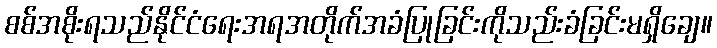
စစ်အစိုးရသည်နိုင်ငံရေးအရအတိုက်အခံပြုခြင်းကိုသည်းခံခြင်းမရှိချေ။